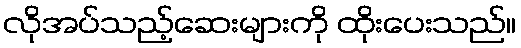
လိုအပ်သည့်ဆေးများကို ထိုးပေးသည်။